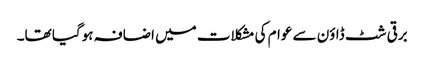
برقی شٹ ڈاؤن سے عوام کی مشکلات میں اضافہ ہوگیا تھا۔